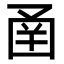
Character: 圅